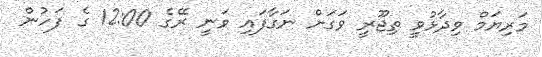
މަރިޔަމް ވިދާޅުވީ ތިޖޫރީ ވަގަށް ނަގާފައި ވަނީ ރޭގެ 12:00 ގެ ފަހުން